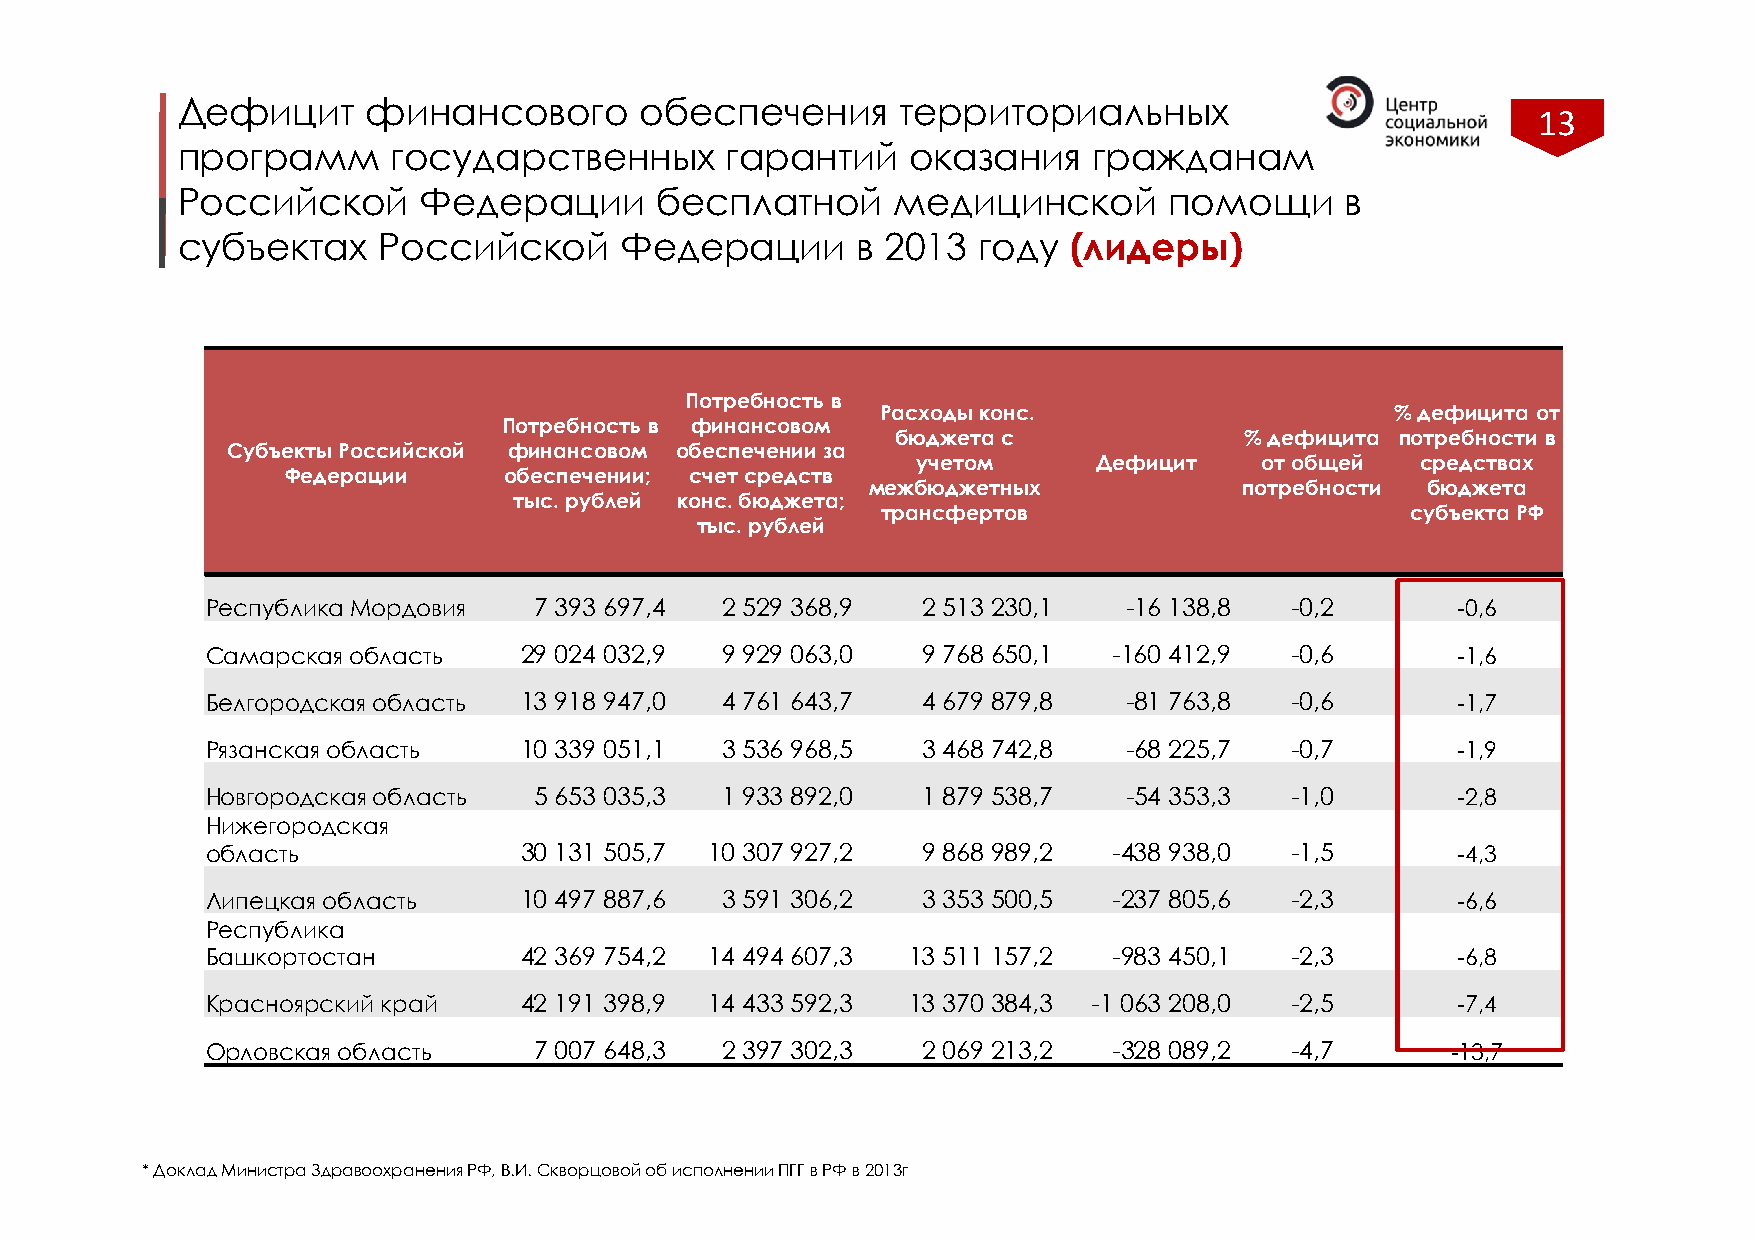
Дефицит     финансового       обеспечения       территориальных
 13
 программ      государственных       гарантий    оказания    гражданам
 Российской      Федерации      бесплатной      медицинской       помощи      в
 субъектах    Российской      Федерации       в 2013  году  (лидеры)
 Потребность в
 Расходы конс.                     % дефицита от
 Потребность в финансовом
 бюджета с              % дефицита потребности в
 Субъекты Российской финансовом обеспечении за
 учетом      Дефицит   от общей   средствах
 Федерации     обеспечении; счет средств
 межбюджетных             потребности бюджета
 тыс. рублей конс. бюджета;
 трансфертов                        субъекта РФ
 тыс. рублей
 Республика Мордовия  7 393 697,4  2 529 368,9  2 513 230,1   -16 138,8 -0,2       -0,6
 Самарская область   29 024 032,9  9 929 063,0  9 768 650,1  -160 412,9 -0,6       -1,6
 Белгородская область 13 918 947,0 4 761 643,7  4 679 879,8   -81 763,8 -0,6       -1,7
 Рязанская область   10 339 051,1  3 536 968,5  3 468 742,8   -68 225,7 -0,7       -1,9
 Новгородская область 5 653 035,3  1 933 892,0  1 879 538,7   -54 353,3 -1,0       -2,8
 Нижегородская
 область             30 131 505,7 10 307 927,2  9 868 989,2  -438 938,0 -1,5       -4,3
 Липецкая область    10 497 887,6  3 591 306,2  3 353 500,5  -237 805,6 -2,3       -6,6
 Республика
 Башкортостан        42 369 754,2 14 494 607,3 13 511 157,2  -983 450,1 -2,3       -6,8
 Красноярский край   42 191 398,9 14 433 592,3 13 370 384,3 -1 063 208,0 -2,5      -7,4
 Орловская область    7 007 648,3  2 397 302,3  2 069 213,2  -328 089,2 -4,7       -13,7
 * Доклад Министра Здравоохранения РФ, В.И. Скворцовой об исполнении ПГГ в РФ в 2013г